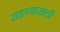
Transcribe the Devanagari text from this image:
सहय्यासाठी